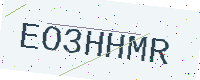
Text: EO3HHMR